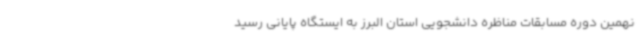
نهمین دوره مسابقات مناظره دانشجویی استان البرز به ایستگاه پایانی رسید